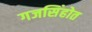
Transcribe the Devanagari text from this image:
गजसिंहोत